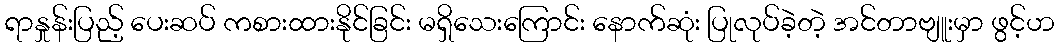
ရာနှုန်းပြည့် ပေးဆပ် ကစားထားနိုင်ခြင်း မရှိသေးကြောင်း နောက်ဆုံး ပြုလုပ်ခဲ့တဲ့ အင်တာဗျူးမှာ ဖွင့်ဟ